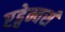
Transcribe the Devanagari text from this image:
एड्वेन्चर्स